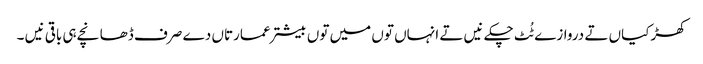
کھڑکیاں تے دروازے ٹُٹ چکے نیں تے انہاں تو‏ں میں تو‏ں بیشتر عمارتاں دے صرف ڈھانچے ہی باقی نیں ۔